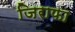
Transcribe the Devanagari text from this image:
जिराफा